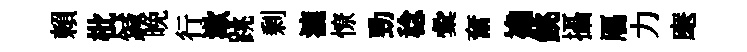
賴枇鍼晚行漱跳剰漉憭勁稔彙奮襜銚攝鴈力麾